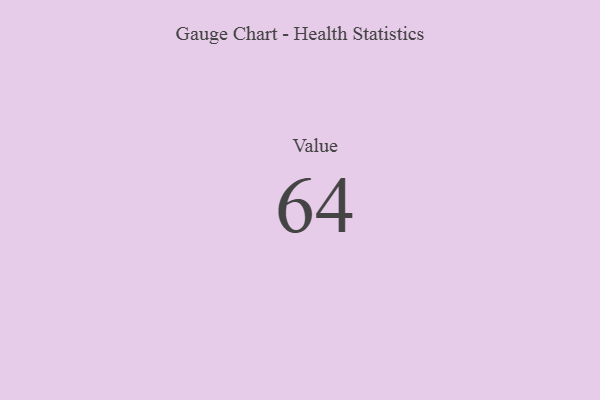
{"axis": {"x": "Metric", "y": "Value"}, "legend": [""], "data": [{"x": "Value", "y": 64, "type": ""}]}